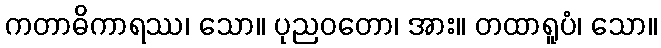
ကတာဓိကာရဿ၊ သော။ ပုညဝတော၊ အား။ တထာရူပံ၊ သော။